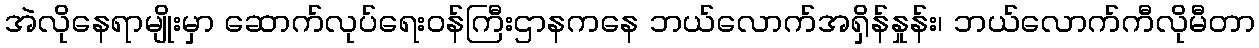
အဲလိုနေရာမျိုးမှာ ဆောက်လုပ်ရေးဝန်ကြီးဌာနကနေ ဘယ်လောက်အရှိန်နှုန်း၊ ဘယ်လောက်ကီလိုမီတာ